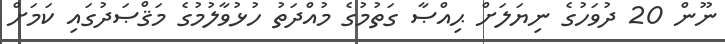
ނޫން 20 ދުވަހުގެ ނިޔަލަށް ޙިއްޞާ ގަތުމުގެ މުއްދަތު ހުޅުވާލުމުގެ މަޤްޞަދުގައި ކަމަށް